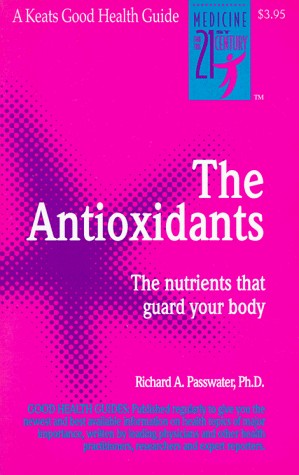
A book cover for The Antioxidants: The Amazing Nutrients That Fight Dangerous Free Radicals, Guard Against Cancer and Other Diseases-And Even Slow the Aging Process (Good Health Guides); Richard A. Passwater; Health, Fitness & Dieting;